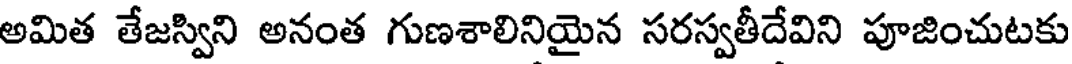
అమిత తేజస్విని అనంత గుణశాలినియైన సరస్వతీదేవిని పూజించుటకు